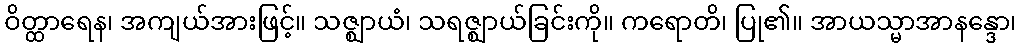
ဝိတ္ထာရေန၊ အကျယ်အားဖြင့်။ သဇ္ဈာယံ၊ သရဇ္ဈာယ်ခြင်းကို။ ကရောတိ၊ ပြု၏။ အာယသ္မာအာနန္ဒော၊